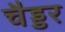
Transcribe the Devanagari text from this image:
चैड्डर